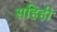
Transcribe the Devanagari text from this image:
सहिही